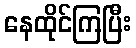
နေထိုင်ကြပြီး